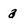
Character: a